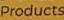
Products